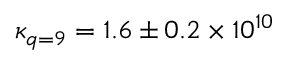
\kappa _ { q = 9 } = 1 . 6 \pm 0 . 2 \times 1 0 ^ { 1 0 }